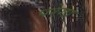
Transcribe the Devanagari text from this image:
परेगा